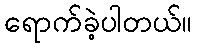
ရောက်ခဲ့ပါတယ်။